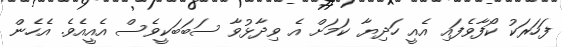
ފަހަރަކު ކޯފާވެފައި އެއީ ހަދިޔާ ކަމަށް އެ ވިދާޅުވާ ސަބަބަކީވެސް އެއީއެވެ. އެހެން